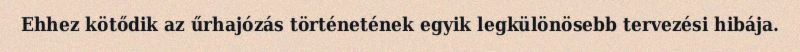
Ehhez kötődik az űrhajózás történetének egyik legkülönösebb tervezési hibája.